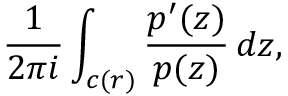
{ \frac { 1 } { 2 \pi i } } \int _ { c ( r ) } { \frac { p ^ { \prime } ( z ) } { p ( z ) } } \, d z ,